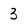
Character: 3